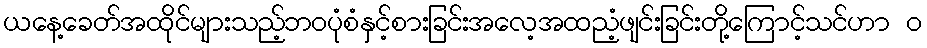
ယနေ့ခေတ်အထိုင်များသည့်ဘဝပုံစံနှင့်စားခြင်းအလေ့အထညံ့ဖျင်းခြင်းတို့ကြောင့်သင်ဟာ ၀